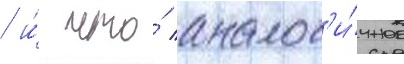
/ и́ что́ аналог'и́чное